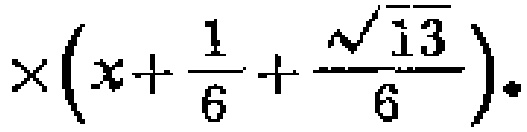
$\times\left(x+\frac{1}{6}+\frac{\sqrt{13}}{6}\right).$